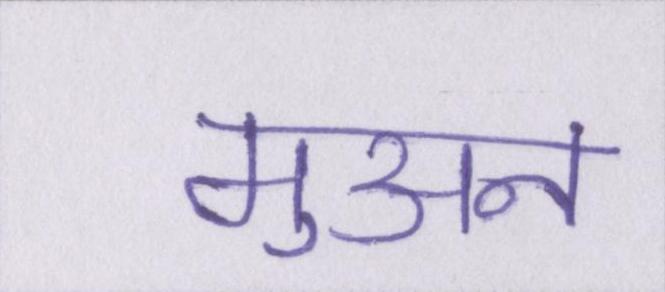
मुअन